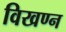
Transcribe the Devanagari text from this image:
विखण्न